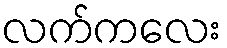
လက်ကလေး